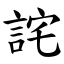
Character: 詫